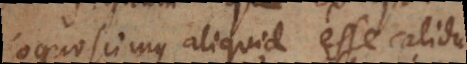
cognoscimus aliquid esse calidum